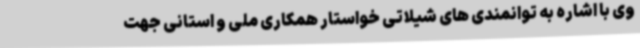
وی با اشاره به توانمندی های شیلاتی خواستار همکاری ملی و استانی جهت